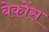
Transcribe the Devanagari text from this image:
बेकोंस